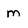
Character: m